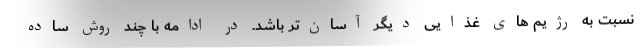
نسبت به رژیم های غذایی دیگر آسان‌تر باشد. در ادامه با چند روش ساده